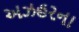
અઝહરના